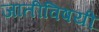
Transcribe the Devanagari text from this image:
जातीविषयीं